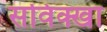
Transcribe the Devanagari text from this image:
सविक्खा